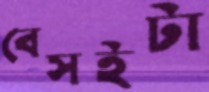
বেসইটা